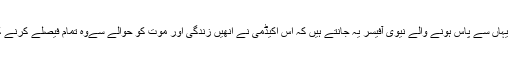
چاہے انکی زندگیاں کتنی ہی مختلف کیوں نہ ہوں ، یہاں سے پاس ہونے والے نیوی آفیسر یہ جانتے ہیں کہ اس اکیڈمی نے انھیں زندگی اور موت کو حوالے سےوہ تمام فیصلے کرنے کا اہل بنا دیا ہے، جن کی انھیں ضرورت پڑے گی۔